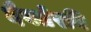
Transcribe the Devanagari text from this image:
दैवतेरवि